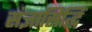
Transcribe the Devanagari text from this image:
संज्ञासिद्धिं